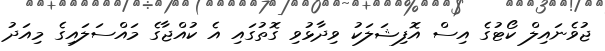
ޖުވެނައިލް ކޯޓުގެ އިސް އޮފިޝަލަކު ވިދާޅުވި ގޮތުގައި އެ ކުއްޖާގެ މައްސަލައިގެ މިއަދު